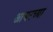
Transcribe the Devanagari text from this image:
आयरच्या